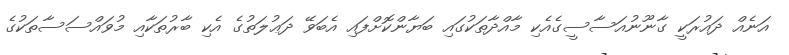
އަނެއް ދައުރަކީ ގާނޫނުއަސާސީގެއެކި މާއްދާތަކުގައި ބަޔާންކޮށްފައި އެބަވޭ ދަޢުލަތުގެ އެކި ބާރުތަކާއި މުވައްސަސާތަކުގެ